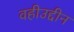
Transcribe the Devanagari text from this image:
वहीउद्दीन